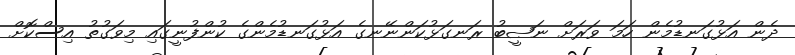
ދެން އަޅުގަނޑުމެން ހަމަ ވަރަށް ނަޞީބު ރަނގަޅުކަންނޭނގެ އަޅުގަނޑުމެންގެ ކުންފުނީގައި މިވަގުތު އިސްކޮށް